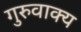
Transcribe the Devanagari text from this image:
गुरुवाक्य